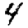
Digit: 4